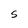
Character: S